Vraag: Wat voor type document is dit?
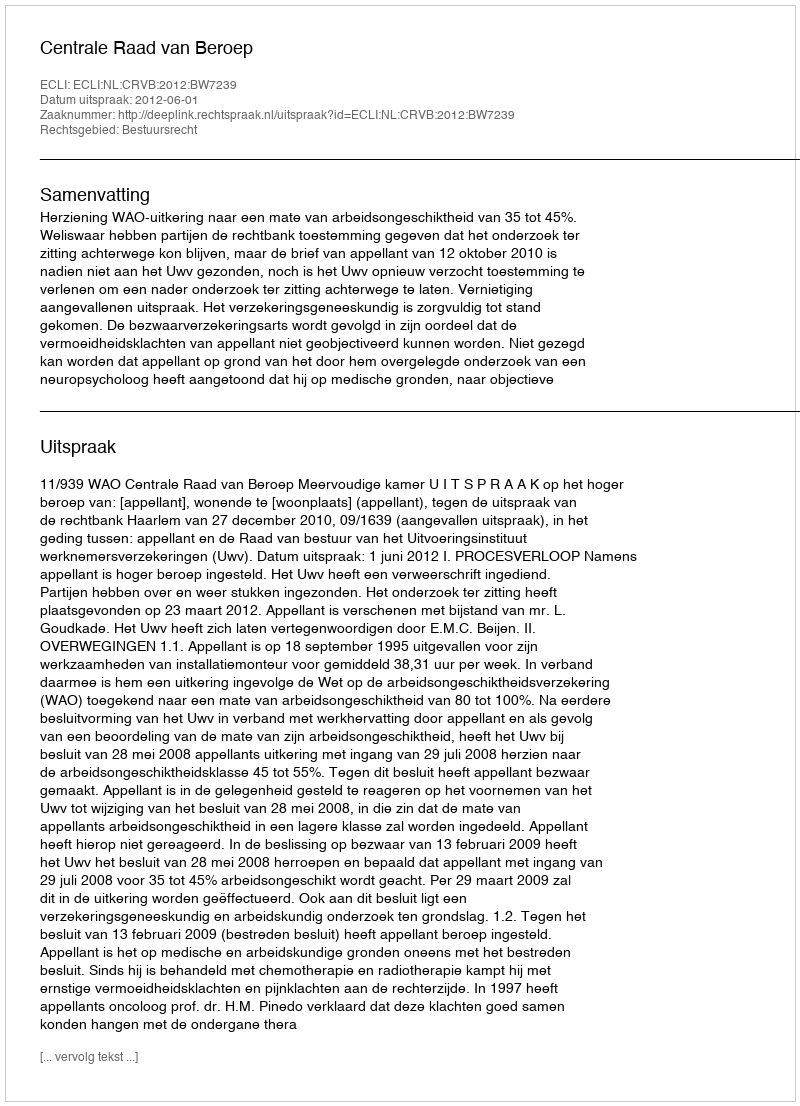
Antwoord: Uitspraak